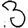
Digit: 3